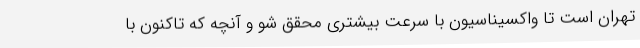
تهران است تا واکسیناسیون با سرعت بیشتری محقق شو و آنچه که تاکنون با